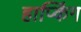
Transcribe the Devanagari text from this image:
हाप्किंग